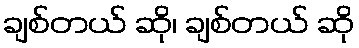
ချစ်တယ် ဆို၊ ချစ်တယ် ဆို